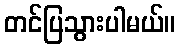
တင်ပြသွားပါမယ်။